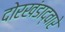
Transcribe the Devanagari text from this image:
दोरखंडाद्वारे